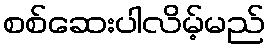
စစ်ဆေးပါလိမ့်မည်